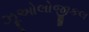
ઝૂઓલોજીકલ